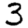
Digit: 3